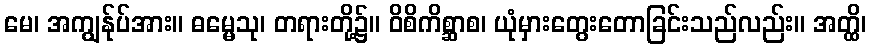
မေ၊ အကျွန်ုပ်အား။ ဓမ္မေသု၊ တရားတို့၌။ ဝိစိကိစ္ဆာစ၊ ယုံမှားတွေးတောခြင်းသည်လည်း။ အတ္ထိ၊